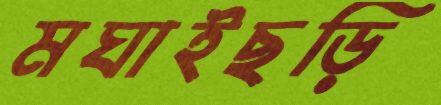
মঘাইছড়ি